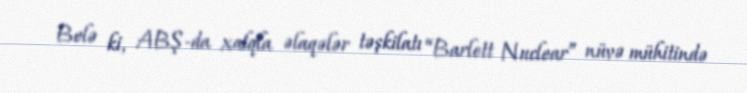
Belə ki, ABŞ-da xalqla əlaqələr təşkilatı “Barlett Nuclear” nüvə mühitində